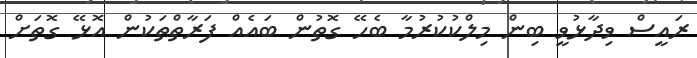
ރައީސް ވިދާޅުވީ ބިން މިލްކުކުރުމާ ބެހޭ ގޮތުން ބައެއް ފަރާތްތަކުން އޮޅޭ ގޮތަށް